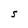
Character: S